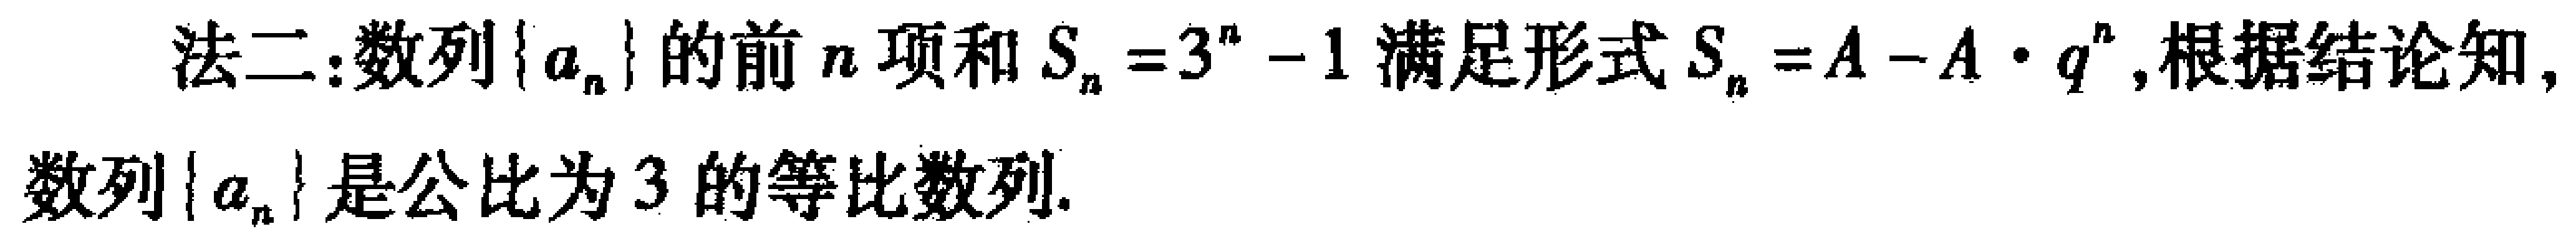
法二：数列\(\{a_{n}\}\)的前\(n\)项和\(S_{n}=3^{n}-1\)满足形式\(S_{n}=A - A\cdot q^{n}\)，根据结论知，数列\(\{a_{n}\}\)是公比为\(3\)的等比数列.